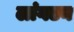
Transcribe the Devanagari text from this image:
लांगटन